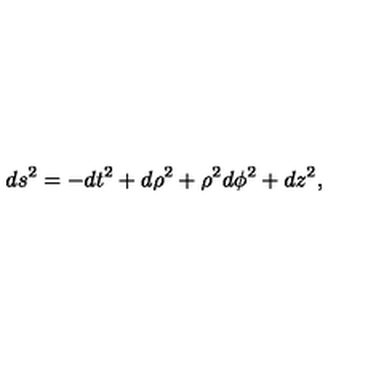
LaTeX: d s ^ { 2 } = - d t ^ { 2 } + d \rho ^ { 2 } + \rho ^ { 2 } d \phi ^ { 2 } + d z ^ { 2 } ,